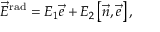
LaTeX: \vec { E } ^ { \mathrm { r a d } } = E _ { 1 } \vec { e } + E _ { 2 } \left[ \vec { n } , \vec { e } \right] ,